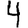
Digit: 4